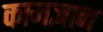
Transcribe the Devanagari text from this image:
कामज्ञान